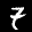
Label: 7